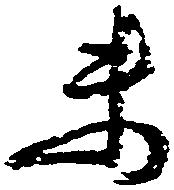
未